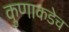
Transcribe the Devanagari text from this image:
कुणाकडेच